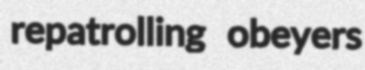
repatrolling obeyers